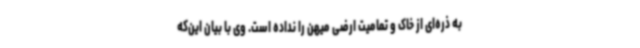
به ذره‌ای از خاک و تمامیت ارضی میهن را نداده است. وی با بیان این‌که